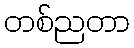
တစ်ညတာ